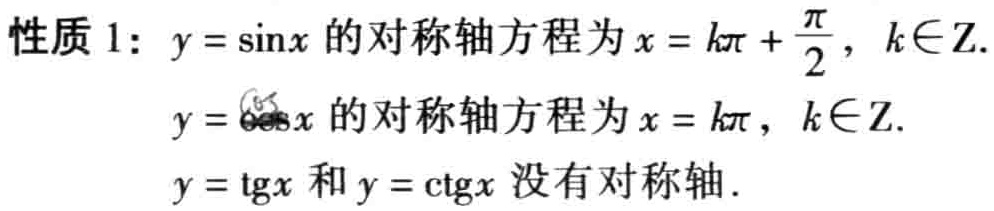
性质 1: \(y = \sin x\) 的对称轴方程为 \(x = k\pi+\frac{\pi}{2},k\in\mathbb{Z}\).

\(y = \cos x\) 的对称轴方程为 \(x = k\pi,k\in\mathbb{Z}\).

\(y = \mathrm{tg}x\) 和 \(y = \mathrm{ctg}x\) 没有对称轴.